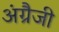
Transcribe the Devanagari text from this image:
अंग्रैजी